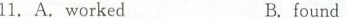
11. A. workedB.found